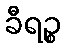
ခီရဉ္စ